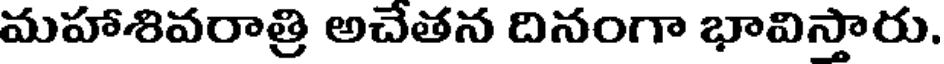
మహాశివరాత్రి అచేతన దినంగా భావిస్తారు.